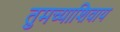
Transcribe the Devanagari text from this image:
तुमच्याशिवाय